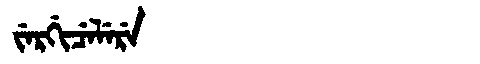
Manchu: ᠵᡝᡵᡤᡳᠴᡝᠯᡝᡵᡝ
Romanization: JERGICELERE